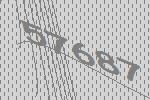
57687